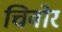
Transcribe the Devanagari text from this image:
चिवोर